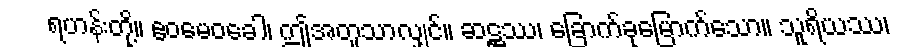
ရဟန်းတို့။ ဧဝမေဝခေါ၊ ဤအတူသာလျှင်။ ဆဋ္ဌဿ၊ ခြောက်ခုမြောက်သော။ သူရိယဿ၊